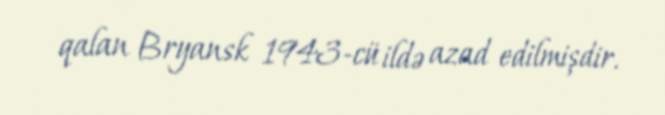
qalan Bryansk 1943-cü ildə azad edilmişdir.